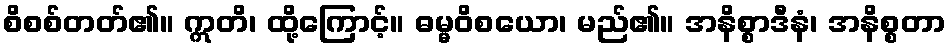
စိစစ်တတ်၏။ ဣတိ၊ ထို့ကြောင့်။ ဓမ္မဝိစယော၊ မည်၏။ အနိစ္စာဒီနံ၊ အနိစ္စတာ